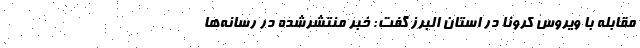
مقابله با ویروس کرونا در استان البرز گفت: خبر منتشرشده در رسانه‌ها